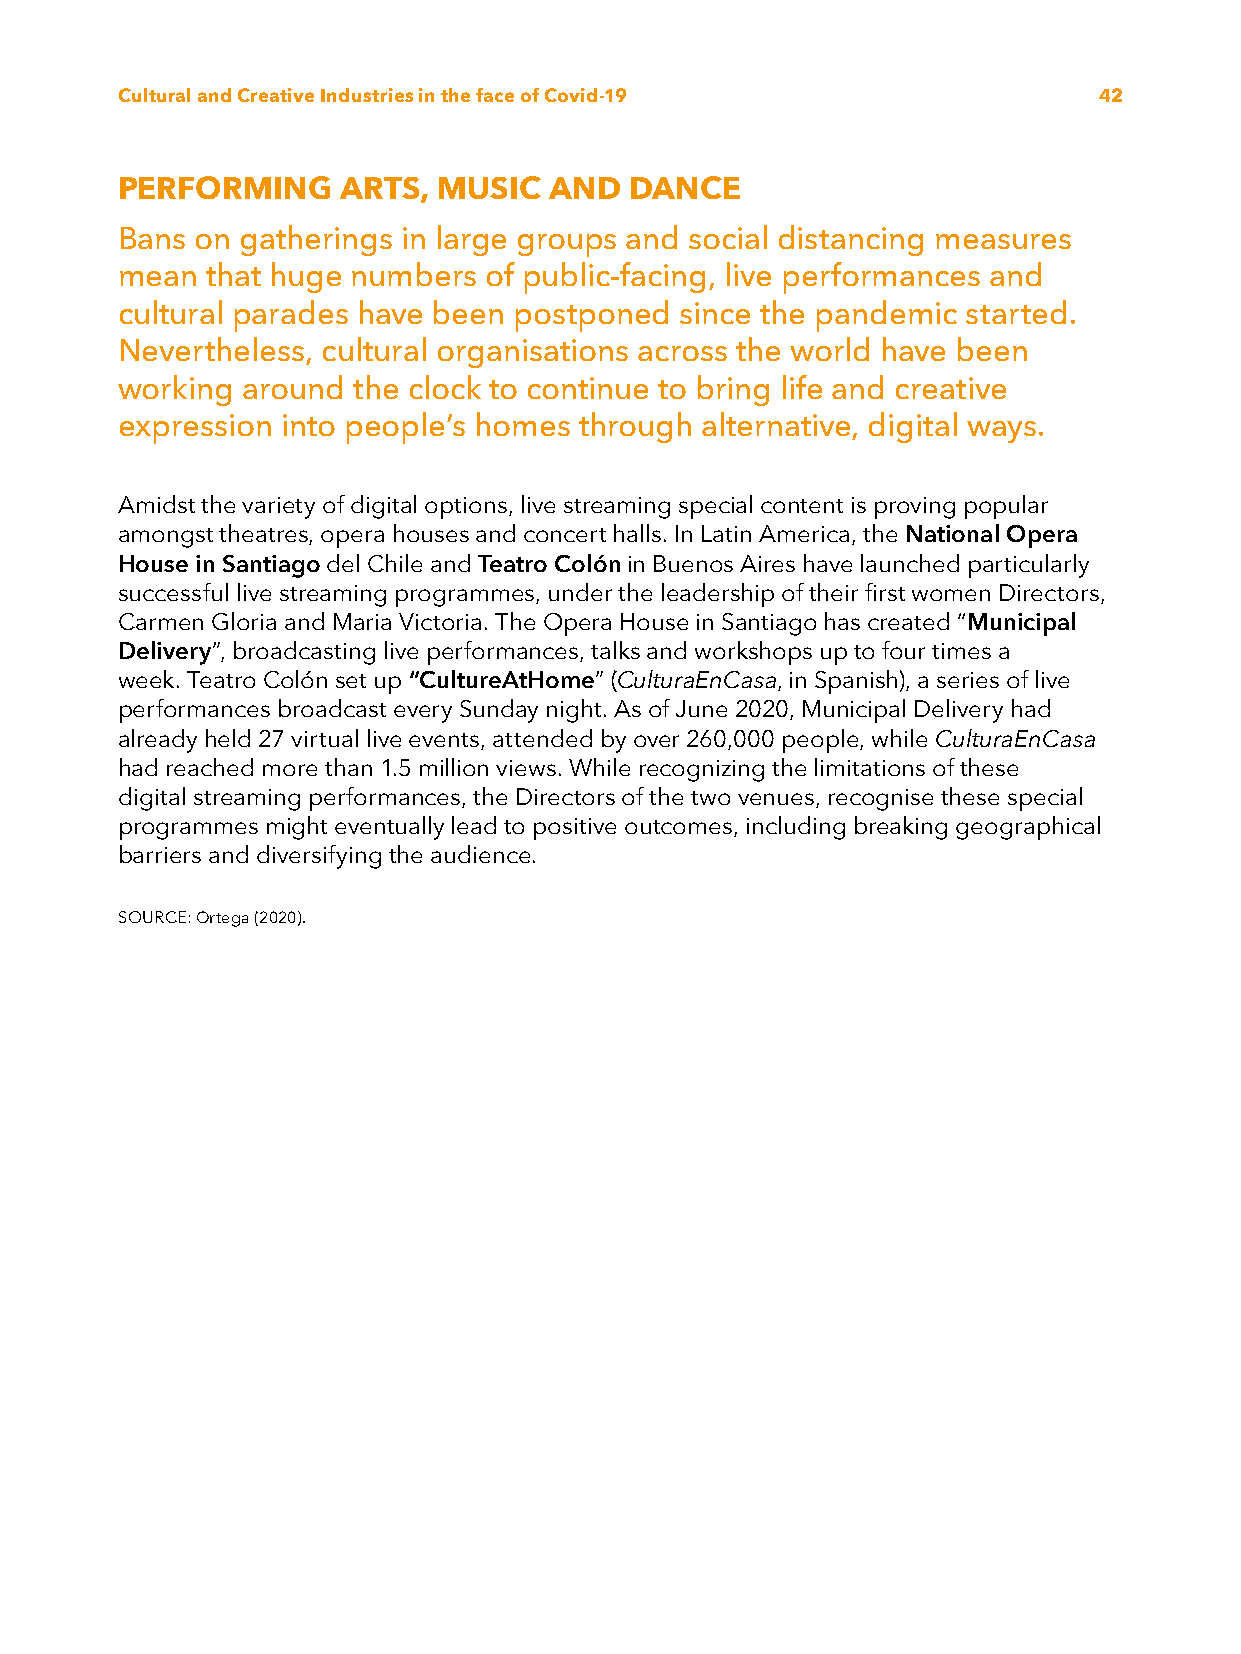
Cultural and Creative Industries in the face of Covid-19         42
 PERFORMING    ARTS,  MUSIC  AND   DANCE
 Bans on gatherings in large groups and social distancing measures
 mean  that huge numbers of public-facing, live performances and
 cultural parades have been postponed since the pandemic started.
 Nevertheless, cultural organisations across the world have been
 working around the clock to continue to bring life and creative
 expression into people’s homes through alternative, digital ways.
 Amidst the variety of digital options, live streaming special content is proving popular
 amongst theatres, opera houses and concert halls. In Latin America, the National Opera
 House in Santiago del Chile and Teatro Colón in Buenos Aires have launched particularly
 successful live streaming programmes, under the leadership of their first women Directors,
 Carmen Gloria and Maria Victoria. The Opera House in Santiago has created “Municipal
 Delivery”, broadcasting live performances, talks and workshops up to four times a
 week. Teatro Colón set up “CultureAtHome” (CulturaEnCasa, in Spanish), a series of live
 performances broadcast every Sunday night. As of June 2020, Municipal Delivery had
 already held 27 virtual live events, attended by over 260,000 people, while CulturaEnCasa
 had reached more than 1.5 million views. While recognizing the limitations of these
 digital streaming performances, the Directors of the two venues, recognise these special
 programmes might eventually lead to positive outcomes, including breaking geographical
 barriers and diversifying the audience.
 SOURCE: Ortega (2020).